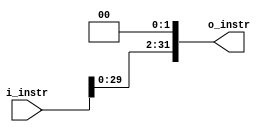
`timescale 1ns / 1ps
//////////////////////////////////////////////////////////////////////////////////
// Company: 
// Engineer: 
// 
// Design Name: 
// Module Name: Shift_left_2
// Project Name: 
// Target Devices: 
// Tool Versions: 
// Description: 
// 
// Dependencies: 
// 
// Revision:
// Revision 0.01 - File Created
// Additional Comments:
// 
//////////////////////////////////////////////////////////////////////////////////

`define DATA_SHIFT 32
module Shift_left_2( i_instr  , o_instr );
input [`DATA_SHIFT-1:0] i_instr ;
output [`DATA_SHIFT-1:0] o_instr ;


assign o_instr = i_instr<<2 ;
endmodule